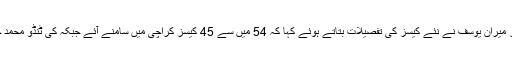
ادھر محکمہ صحت سندھ کی میڈیا کورآرڈینیٹر میران یوسف نے نئے کیسز کی تفصیلات بتاتے ہوئے کہا کہ 54 میں سے 45 کیسز کراچی میں سامنے آئے جبکہ کی ٹنڈو محمد خان میں 7 افراد میں وائرس کی تشخیص ہوئی۔